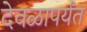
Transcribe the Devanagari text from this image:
देवळापर्यंत